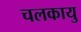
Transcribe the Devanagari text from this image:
चलकायु